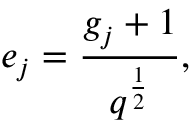
e _ { j } = \frac { g _ { j } + 1 } { q ^ { \frac { 1 } { 2 } } } ,